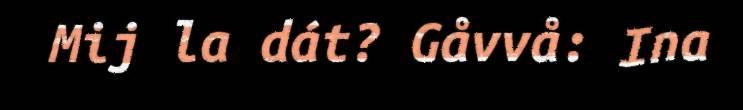
Mij la dát? Gåvvå: Ina